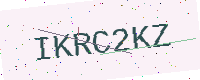
Text: IKRC2KZ